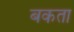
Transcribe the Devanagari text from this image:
बकता